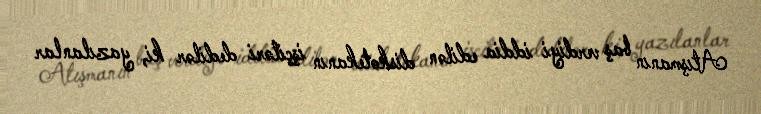
Atışmanın baş verdiyi iddia edilən diskotekanın işçiləri dedilər ki, yazılanlar